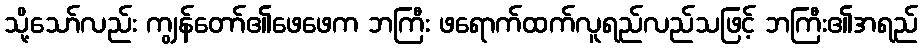
သို့သော်လည်း ကျွန်တော်၏ဖေဖေက ဘကြီး ဖရောက်ထက်လူရည်လည်သဖြင့် ဘကြီး၏အရည်